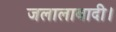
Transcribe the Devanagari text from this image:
जलालाबादी।